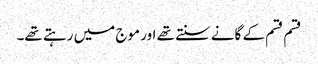
قسم قسم کے گانے سنتے تھے اور موج میں رہتے تھے۔